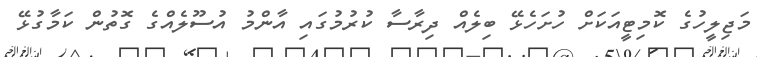
މަޖިލީހުގެ ކޮމިޓީއަކަށް ހުށަހެޅޭ ބިލެއް ދިރާސާ ކުރުމުގައި އާންމު އުސޫލެއްގެ ގޮތުން ކަމާގުޅޭ